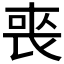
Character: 𭈬